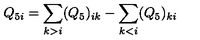
Q _ { 5 i } = \sum _ { k > i } ( Q _ { 5 } ) _ { i k } - \sum _ { k < i } ( Q _ { 5 } ) _ { k i }